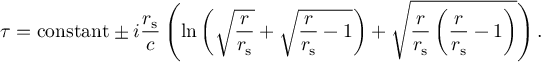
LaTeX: \tau = { \mathrm { c o n s t a n t } } \pm i { \frac { r _ { \mathrm { { s } } } } { c } } \left( \ln \left( { \sqrt { \frac { r } { r _ { \mathrm { { s } } } } } } + { \sqrt { { \frac { r } { r _ { \mathrm { { s } } } } } - 1 } } \right) + { \sqrt { { \frac { r } { r _ { \mathrm { { s } } } } } \left( { \frac { r } { r _ { \mathrm { { s } } } } } - 1 \right) } } \right) .